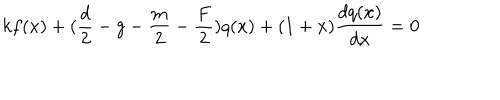
LaTeX: k f ( x ) + ( \frac d 2 - g - \frac m 2 - \frac F 2 ) q ( x ) + ( 1 + x ) \frac { d q ( x ) } { d x } = 0